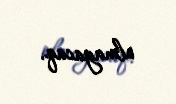
olmayacaq.